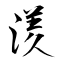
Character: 湵